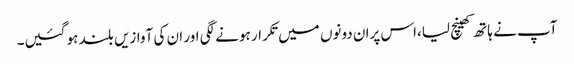
آپ نے ہاتھ کھینچ لیا،اس پران دونوں میں تکرار ہونے لگی اور ان کی آوازیں بلند ہو گئیں۔